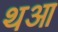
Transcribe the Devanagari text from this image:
थआ